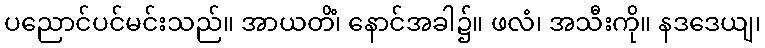
ပညောင်ပင်မင်းသည်။ အာယတိံ၊ နောင်အခါ၌။ ဖလံ၊ အသီးကို။ နဒဒေယျ၊